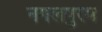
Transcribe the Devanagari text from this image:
नगलपुरम